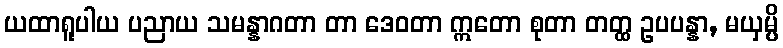
ယထာရူပါယ ပညာယ သမန္နာဂတာ တာ ဒေဝတာ ဣတော စုတာ တတ္ထ ဥပပန္နာ, မယှမ္ပိ